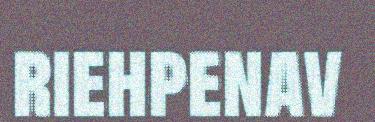
riehpenav